Punjab Mental Hospital Lahore 1932-46 - 1932-1946
Year: 1932
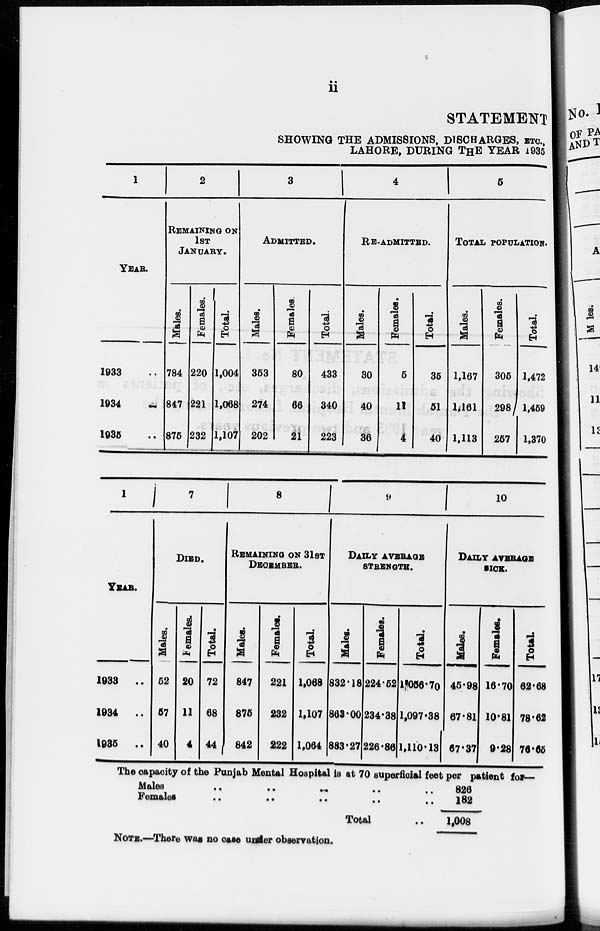
ii
STATEMENT
SHOWING THE ADMISSIONS, DISCHARGES, ETC.,
LAHORE, DURING THE YEAR 1935
1
YEAR.
1933 ..
1934 ..
1935 ..
2
REMAINING ON
1ST
JANUARY.
Males.
784
847
875
Females.
220
221
232
Total.
1,004
1,068
1,107
3
ADMITTED.
Males.
353
274
202
Females.
80
66
21
Total.
433
340
223
4
RE-ADMITTED.
Males.
30
40
36
Females.
5
11
4
Total.
35
51
40
5
TOTAL POPULATION.
Males.
1,167
1,161
1,113
Females.
305
298
257
Total.
1,472
1,459
1,370
1
YEAR.
1933 ..
1934 ..
1935 ..
7
DIED.
Males.
52
57
40
Females.
20
11
4
Total.
72
68
44
8
REMAINING ON 31ST
DECEMBER.
Males.
847
875
842
Females.
221
232
222
Total.
1,068
1,107
1,064
9
DAILY AVERAGE
STRENGTH.
Males.
832.18
863.00
883.27
Females.
224.52
234.38
226.86
Total.
1,056.70
1,097.38
1,110.13
10
DAILY AVERAGE
SICK.
Males.
45.98
67.81
67.37
Females.
16.70
10.81
9.28
Total.
62.68
78.62
76.65
The capacity of the Punjab Mental Hospital is at 70 superficial feet per patient for—
Males
..
..
..
..
..
Females
.. .. .. .. ..
Total ..
826
182
1,008
NOTE.—There was no case under observation.